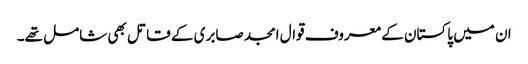
ان میں پاکستان کے معروف قوال امجد صابری کے قاتل بھی شامل تھے۔